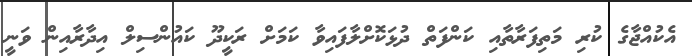
އެކުއްޖާގެ ކުރި މަތިފަރާތާއި ކަންފަތް ދުޅަކޮށްލާފައިވާ ކަމަށް ރަކީދޫ ކައުންސިލް އިދާރާއިން ވަނީ